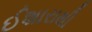
ઈશારાથી